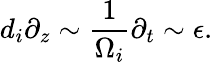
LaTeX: d_{i}\partial_{z}\sim\frac{1}{\Omega_{i}}\partial_{t}\sim\epsilon.